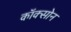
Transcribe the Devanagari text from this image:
कॉक्सोन